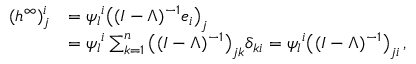
\begin{array} { r l } { ( { h ^ { \infty } } ) _ { j } ^ { i } } & { = { \psi _ { l } } ^ { i } \big ( ( I - \Lambda ) ^ { - 1 } \boldsymbol { e } _ { i } \big ) _ { j } } \\ & { = { \psi _ { l } } ^ { i } \sum _ { k = 1 } ^ { n } \big ( ( I - \Lambda ) ^ { - 1 } \big ) _ { j k } \delta _ { k i } = { \psi _ { l } } ^ { i } \big ( ( I - \Lambda ) ^ { - 1 } \big ) _ { j i } \, , } \end{array}